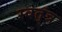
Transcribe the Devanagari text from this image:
स्वत्ंत्र